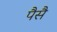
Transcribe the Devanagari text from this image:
पैसै